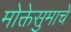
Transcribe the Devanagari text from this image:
मोक्तेसुमाचे